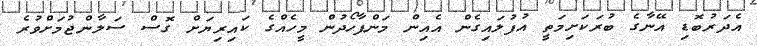
އެދަރުބޮޑި އޭނާގެ ބުރަކަށިމަތީ އުފުލައިގެން އެއިން މަންފާހޯދުން މީހެއްގެ ކައިރިޔަށް ގޮސް ސަލާންޖުމަށްވުރެ